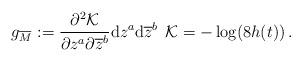
LaTeX: \begin{align*} g_{\overline{M}^{}}:=\frac{\partial^2\mathcal{K}}{\partial z^a \partial \overline{z}^b}\mathrm{d}z^a\mathrm{d}\overline{z}^b\, \; \mathcal{K}=-\log(8h(t))\,.\end{align*}